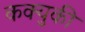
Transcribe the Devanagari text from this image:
कक्युकी